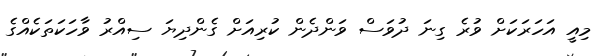
މިއީ އަހަރަކަށް ވުރެ ގިނަ ދުވަސް ވަންދެން ކުރިއަށް ގެންދިޔަ ސިއްރު ވާހަކަތަކެއްގެ